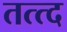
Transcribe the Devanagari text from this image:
तत्त्द